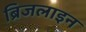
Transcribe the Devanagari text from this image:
ब्रिजलाइन